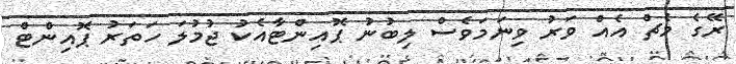
ރޭގެ މެޗް އެއް ވަރު ވިނަމަވެސް ލިބުނު ޕޮއިންޓާއެކު ޖުމުލަ ހަތަރު ޕޮއިންޓް